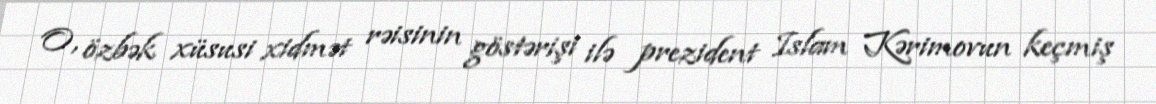
O, özbək xüsusi xidmət rəisinin göstərişi ilə prezident Islam Kərimovun keçmiş